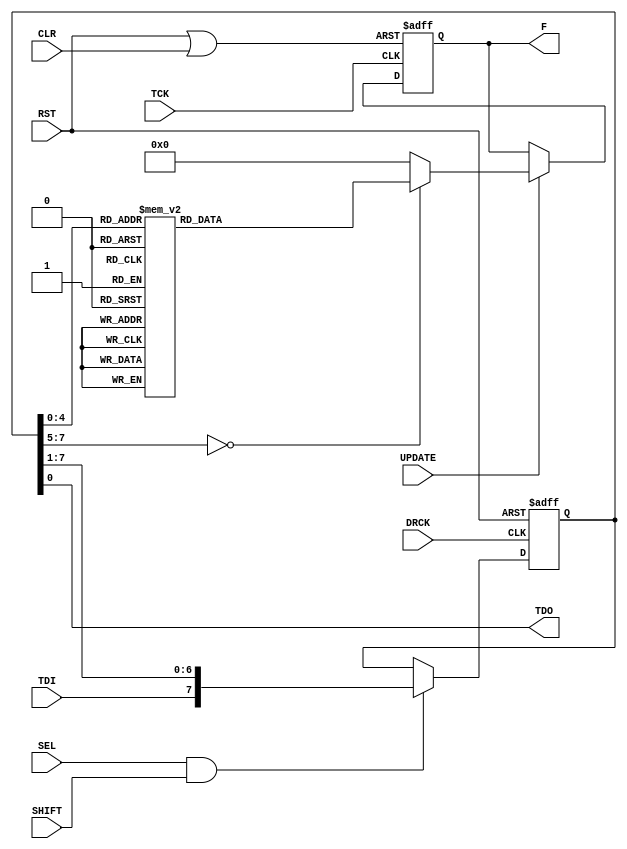
`timescale 1ns / 1ps
//////////////////////////////////////////////////////////////////////////////////
// Company: The Ohio State University
// 
// Design Name: 
// Module Name:    instr_dcd 
// Project Name: 
// Target Devices: 
// Tool versions: 
// Description: 
//
//   Performs instruction register decoding (JTAG User1 register).
//
// Function  Description
// ---------------------------------------
//   0     | No Op 
//   1     | SCAM Reset (not needed in DCFEB)
//   2     | DCFEB status reg shift only
//   3     | DCFEB status reg capture and shift
//   4     | Program Comparator DAC
//   5     | Set Extra L1a Delay
//   6     | Read FIFO 1 -- ADC data (16 channels x 12 bits = 192 bits) wide X (6 chips x 8 sample)/event deep
//   7     | Set F5, F8, and F9 in one serial loop (daisy chained)
//   8     | Set Pre Block End (not needed in DCFEB)
//   9     | Set Comparator Mode and Timing bits
//  10     | Set Buckeye Mask for shifting (default 6'b111111)
//  11     | Shift data to/from Buckeye chips
//  12     | Set ADC configuration MASK
//  13     | Command to initialize ADC
//  14     | Shift data and write to ADC configuration memory
//  15     | Command to restart pipeline
//  16     | Set pipeline depth
//  17     | Perform a bit slip operation for odd deserializers
//  18     | Perform a bit slip operation for even deserializers
//  19     | Set Chip selection register.
//  20     | Set number of samples to readout.
//  21     | Write word to BPI interface FIFO.
//  22     | Read word from BPI readback FIFO.
//  23     | Read status word from BPI interface.
//  24     | Read BPI timer (32 bits).
//  25     | Reset BPI interface.
//  26     | Disable BPI processing.
//  27     | Enable BPI processing.
//  28     | Read SEU 021 error count.
//  29     | Read SEU 120 error count.
//  30     | Clear SEU error counters.
//
// Revision: 
// Revision 0.01 - File Created
// Additional Comments: 
//
//////////////////////////////////////////////////////////////////////////////////
module instr_dcd(
  input TCK,
  input DRCK,
  input SEL,
  input TDI,
  input UPDATE,
  input SHIFT,
  input RST,
  input CLR,            // clear current instruction
  output reg [32:0] F,
  output TDO);

  reg[7:0] d;
  wire rst_f;
  
  assign TDO = d[0];
  assign rst_f = RST | CLR;
  
  always @(posedge DRCK or posedge RST) begin
    if (RST)
	   d <= 8'h00;
	 else
      if (SEL & SHIFT)
        d <= {TDI,d[7:1]};
		else
		  d <= d;
  end
  
  always @(posedge TCK or posedge rst_f) begin
    if(rst_f)
	   F <= 32'h00000000;
	 else
	   if(UPDATE)
		  case (d)
		    8'h00:   F <= 32'h00000001;
		    8'h01:   F <= 32'h00000002;
		    8'h02:   F <= 32'h00000004;
		    8'h03:   F <= 32'h00000008;
		    8'h04:   F <= 32'h00000010;
		    8'h05:   F <= 32'h00000020;
		    8'h06:   F <= 32'h00000040;
		    8'h07:   F <= 32'h00000080;
		    8'h08:   F <= 32'h00000100;
		    8'h09:   F <= 32'h00000200;
		    8'h0A:   F <= 32'h00000400;
		    8'h0B:   F <= 32'h00000800;
		    8'h0C:   F <= 32'h00001000;
		    8'h0D:   F <= 32'h00002000;
		    8'h0E:   F <= 32'h00004000;
		    8'h0F:   F <= 32'h00008000;
		    8'h10:   F <= 32'h00010000;
		    8'h11:   F <= 32'h00020000;
		    8'h12:   F <= 32'h00040000;
		    8'h13:   F <= 32'h00080000;
		    8'h14:   F <= 32'h00100000;
		    8'h15:   F <= 32'h00200000;
		    8'h16:   F <= 32'h00400000;
		    8'h17:   F <= 32'h00800000;
		    8'h18:   F <= 32'h01000000;
		    8'h19:   F <= 32'h02000000;
		    8'h1A:   F <= 32'h04000000;
		    8'h1B:   F <= 32'h08000000;
		    8'h1C:   F <= 32'h10000000;
		    8'h1D:   F <= 32'h20000000;
		    8'h1E:   F <= 32'h40000000;
		    8'h1F:   F <= 32'h80000000;
		    default: F <= 32'h00000000;
		  endcase
		else
		  F <= F;
  end
  
endmodule